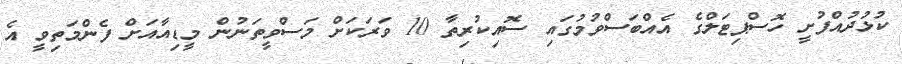
ކުޅުދުއްފުށީ ހޮސްޕިޓަލްގެ އެއްބަސްވުމުގައި ސޮއިކުރިތާ 10 ވަރަކަށް މަސްވީތަނުން މީޑިއާއަށް ފެންމަތިވީ އެ